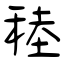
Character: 稑